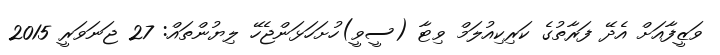
ވަޒީފާއަށް އެދޭ ފަރާތުގެ ކަރިކިއުލަމް ވިޓާ (ސީވީ)ހުށަހަޅަންޖެހޭ ލިޔުންތައް: 27 ޖަނަވަރީ 2015